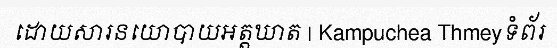
ដោយសារនយោបាយអត្តឃាត | Kampuchea Thmeyទំព័រ